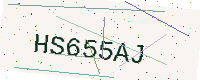
Text: HS655AJ